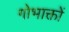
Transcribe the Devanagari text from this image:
गोभाक्तों